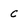
Character: c